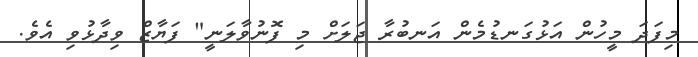
މިފަދަ މީހުން އަޅުގަނޑުމެން އަނބުރާ ޖަލަށް މި ފޮނުވާލަނީ" ފަޔާޒް ވިދާޅުވި އެވެ.